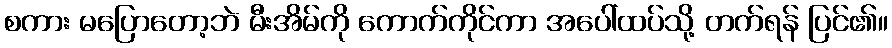
စကား မပြောတော့ဘဲ မီးအိမ်ကို ကောက်ကိုင်ကာ အပေါ်ထပ်သို့ တက်ရန် ပြင်၏။